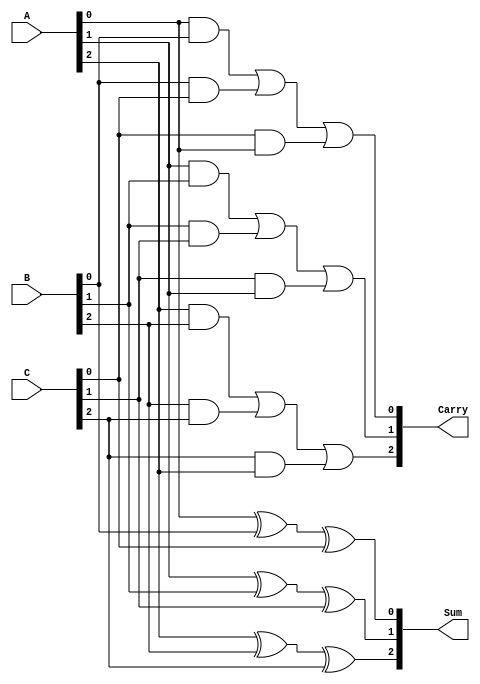
module CarrySaveAdder(
    input [2:0] A,  // 3-bit input operand A
    input [2:0] B,  // 3-bit input operand B
    input [2:0] C,  // 3-bit input operand C
    output [2:0] Sum,   // 3-bit sum output
    output [2:0] Carry  // 3-bit carry output
);

    // Stage 1: Calculate Sum and Carry for each bit
    assign Sum[0] = A[0] ^ B[0] ^ C[0];  // Sum for LSB
    assign Carry[0] = (A[0] & B[0]) | (B[0] & C[0]) | (C[0] & A[0]);  // Carry for LSB

    assign Sum[1] = A[1] ^ B[1] ^ C[1];  // Sum for middle bit
    assign Carry[1] = (A[1] & B[1]) | (B[1] & C[1]) | (C[1] & A[1]);  // Carry for middle bit

    assign Sum[2] = A[2] ^ B[2] ^ C[2];  // Sum for MSB
    assign Carry[2] = (A[2] & B[2]) | (B[2] & C[2]) | (C[2] & A[2]);  // Carry for MSB

endmodule